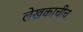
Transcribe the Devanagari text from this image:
लेखकाचीच